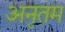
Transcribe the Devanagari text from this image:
अनृतम